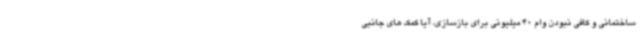
ساختمانی و کافی نبودن وام 40 میلیونی برای بازسازی، آیا کمک های جانبی